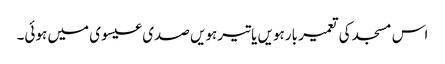
اس مسجد کی تعمیر بارہویں یا تیرہویں صدی عیسوی میں ہوئی۔